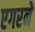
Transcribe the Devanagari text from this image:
एगरने